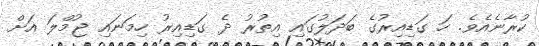
ކުރާނެއެވެ. ހަ ގަޑިއިރުގެ ބަދަލުގައި އިތުރު ދެ ގަޑިއިރު ހިމަނައި ޖުމްލަ އަށް